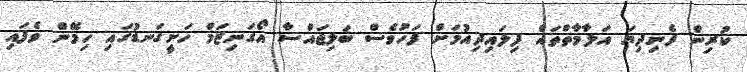
ކުރިން ފެނިދިޔަ އަލާމާތްތައް ފިލައިދިއުމަށް ފަހުވެސް ބަލިޖައްސާ އޯގަނިޒަމް ހަށީގަނޑުގައި ހިމޭން ވެފައި